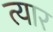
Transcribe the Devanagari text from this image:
त्यार